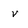
Character: v